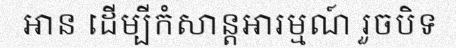
អាន ដើម្បីកំសាន្តអារម្មណ៍ រួចបិទ